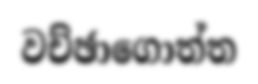
වච්ඡාගොත්ත